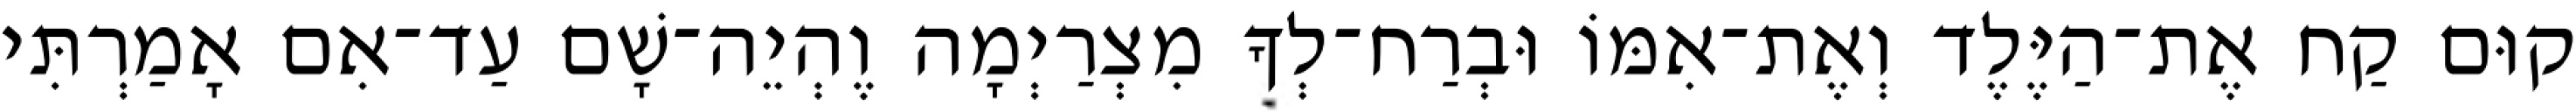
קוּם קַח אֶת־הַיֶּלֶד וְאֶת־אִמּוֹ וּבְרַח־לְךָ מִצְרַיְמָה וֶהְיֵה־שָׁם עַד־אִם אָמַרְתִּי